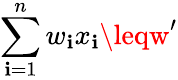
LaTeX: \sum_{\mathbf{i}=1}^{n}w_{\mathbf{i}}x_{\mathbf{i}}\leqw^{\prime}